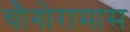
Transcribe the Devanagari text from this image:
चौगोरामास